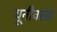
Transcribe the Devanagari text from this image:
यूनीवरस